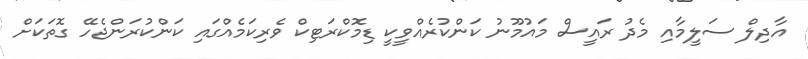
އާދިލް ސަލީމާއި މެދު ރައީސް މައުމޫނު ކަންކުރެއްވީކީ ޑިމޮކްރަޓިކް ވެރިކަމެއްގައި ކަންކުރަންޖެހޭ ގޮތަކަށް